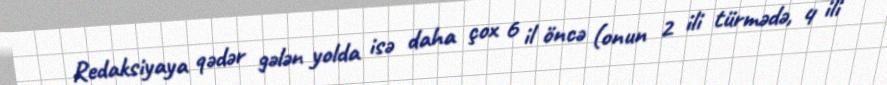
Redaksiyaya qədər gələn yolda isə daha çox 6 il öncə (onun 2 ili türmədə, 4 ili